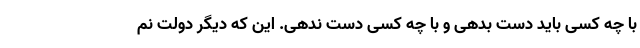
با چه کسی باید دست بدهی و با چه کسی دست ندهی. این که دیگر دولت نم